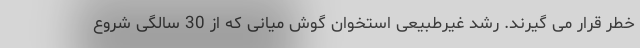
خطر قرار می گیرند. رشد غیرطبیعی استخوان گوش میانی که از 30 سالگی شروع